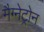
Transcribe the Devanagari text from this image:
मैग्नेट्रोन